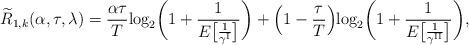
LaTeX: \begin{align*}\widetilde{R}_{1,k}(\alpha, \tau, \lambda) = \frac{\alpha\tau}{T} \textrm{log}_2\bigg(1 + \frac{1}{E\big[\frac{1}{\gamma^{\textrm{I}}}\big]}\bigg) + \Big(1-\frac{\tau}{T}\Big) \textrm{log}_2\bigg(1+\frac{1}{E\big[\frac{1}{\gamma^{\textrm{II}}}\big]}\bigg),\end{align*}